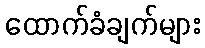
ထောက်ခံချက်များ